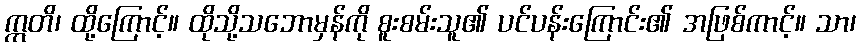
ဣတိ၊ ထို့ကြောင့်။ ထိုသို့သဘောမှန်ကို စူးစမ်းသူ၏ ပင်ပန်းကြောင်း၏ အဖြစ်ကာင့်။ သာ၊